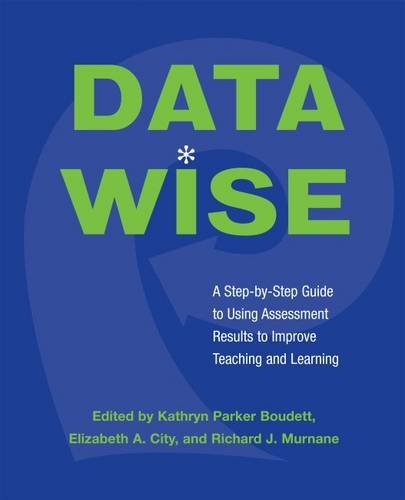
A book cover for Data Wise: A Step-by-Step Guide to Using Assessment Results to Improve Teaching And Learning; Education & Teaching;